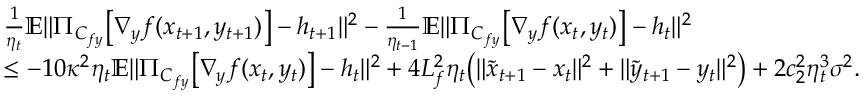
\begin{array} { r l } & { \frac { 1 } { \eta _ { t } } \mathbb { E } \| \Pi _ { C _ { f y } } \big [ \nabla _ { y } f ( x _ { t + 1 } , y _ { t + 1 } ) \big ] - h _ { t + 1 } \| ^ { 2 } - \frac { 1 } { \eta _ { t - 1 } } \mathbb { E } \| \Pi _ { C _ { f y } } \big [ \nabla _ { y } f ( x _ { t } , y _ { t } ) \big ] - h _ { t } \| ^ { 2 } } \\ & { \leq - 1 0 \kappa ^ { 2 } \eta _ { t } \mathbb { E } \| \Pi _ { C _ { f y } } \big [ \nabla _ { y } f ( x _ { t } , y _ { t } ) \big ] - h _ { t } \| ^ { 2 } + 4 L _ { f } ^ { 2 } \eta _ { t } \big ( \| \tilde { x } _ { t + 1 } - x _ { t } \| ^ { 2 } + \| \tilde { y } _ { t + 1 } - y _ { t } \| ^ { 2 } \big ) + 2 c _ { 2 } ^ { 2 } \eta _ { t } ^ { 3 } \sigma ^ { 2 } . } \end{array}